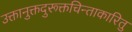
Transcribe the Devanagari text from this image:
उक्तानुक्तदुरूक्तचिन्ताकारितु